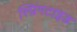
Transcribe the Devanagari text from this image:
स्प्रिंगटाइड